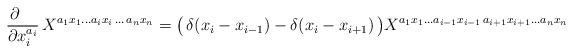
\begin{align*}\frac {\partial \phantom{iii}} {\partial x_i^{a_i}} \,X^{a_1 x_1\ldots a_i x_i \,\ldots\,a_nx_n} = \bigl( \,\delta(x_i-x_{i-1}) - \delta(x_i-x_{i+1}) \,\bigr) X^{ a_1 x_1\ldots a_{i-1} x_{i-1}\,a_{i+1} x_{i+1}\ldots a_n x_n}\end{align*}